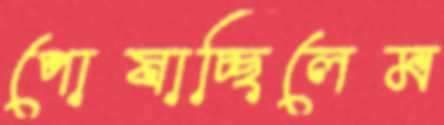
পোষাচ্ছিলেম